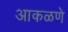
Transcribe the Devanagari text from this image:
आकळणे